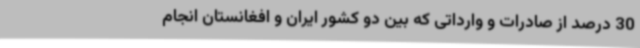
30 درصد از صادرات و وارداتی که بین دو کشور ایران و افغانستان انجام